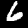
Digit: 6